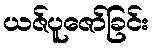
ယဇ်ပူဇော်ခြင်း